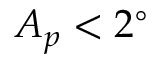
A _ { p } < 2 ^ { \circ }